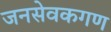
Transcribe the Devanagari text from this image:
जनसेवकगण